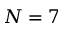
N = 7